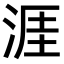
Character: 涯